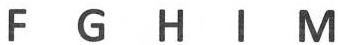
F G H l M